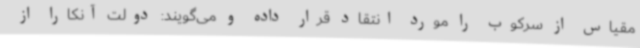
مقیاس از سرکوب را مورد انتقاد قرار داده و می‌گویند: دولت آنکارا از